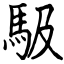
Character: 馺